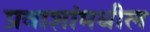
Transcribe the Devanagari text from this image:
प्रवाशांमधील